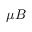
\mu B